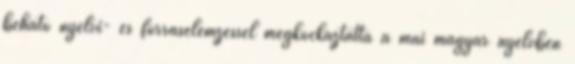
beható nyelvi- és forráselemzéssel megkockáztatta a mai magyar nyelvben